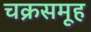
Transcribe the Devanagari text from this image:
चक्रसमूह